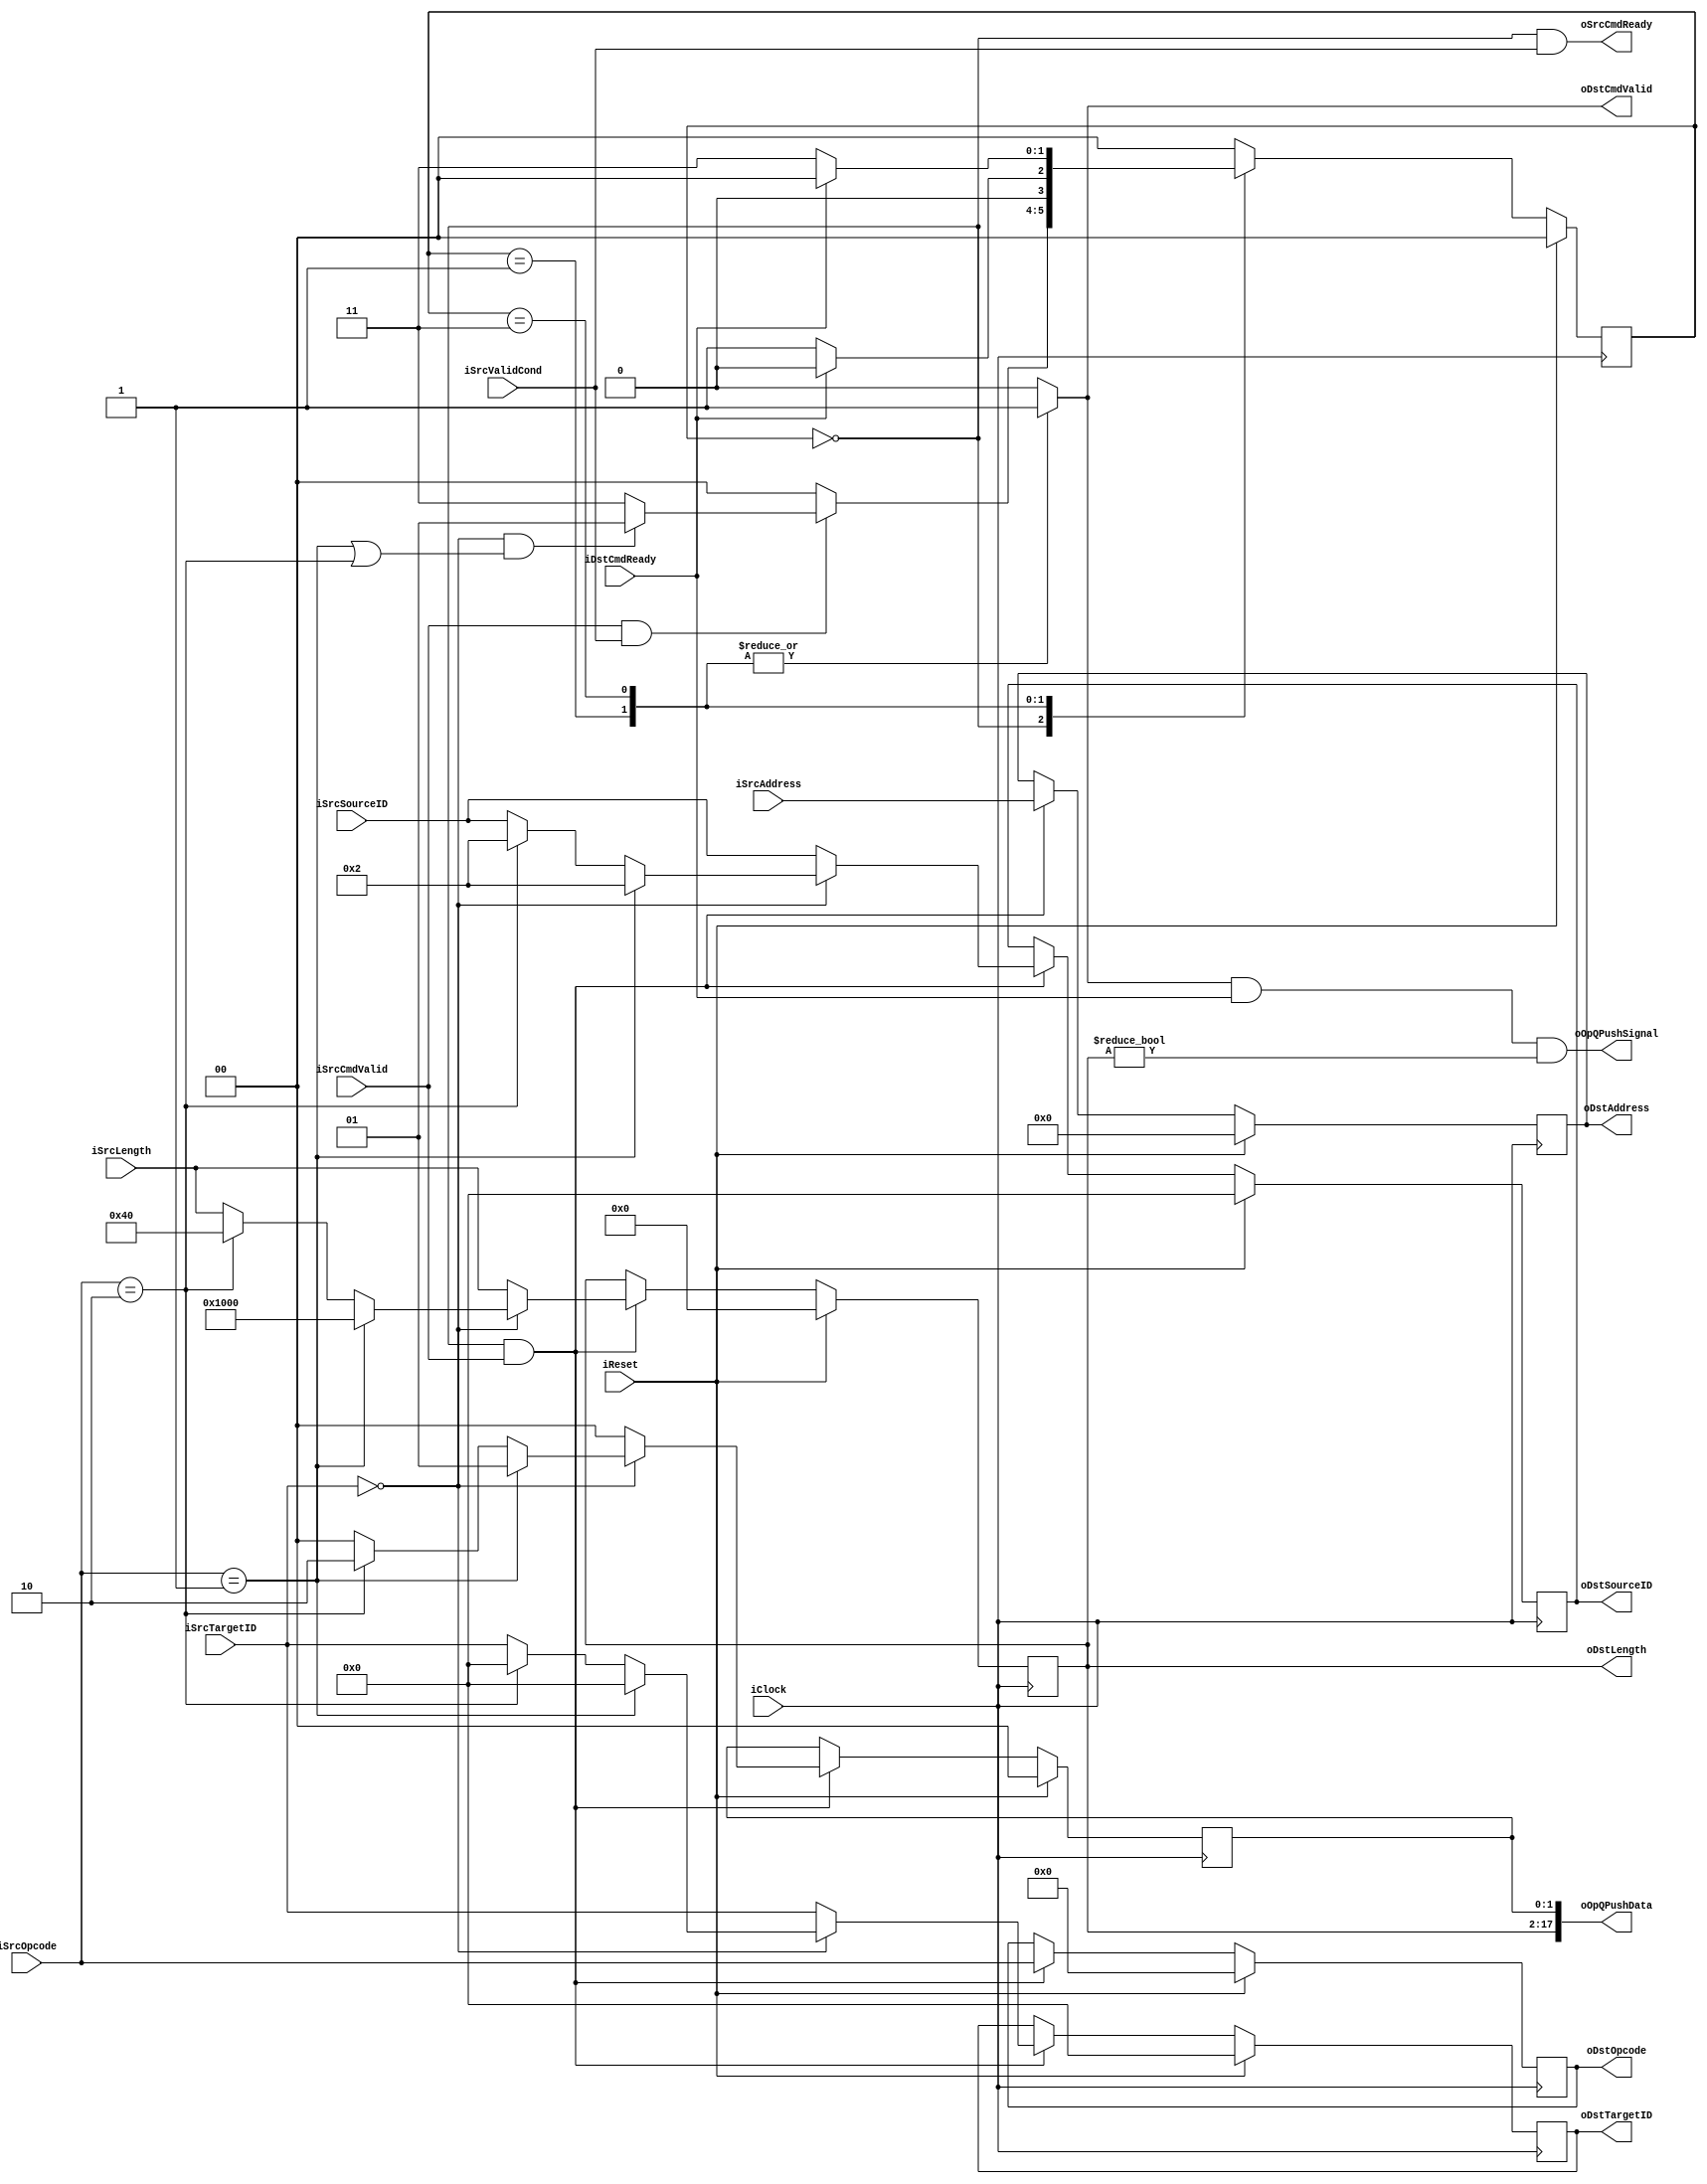
//////////////////////////////////////////////////////////////////////////////////
// BCHEncoderCommandChannel for Cosmos OpenSSD
// Copyright (c) 2015 Hanyang University ENC Lab.
// Contributed by Jinwoo Jeong <jwjeong@enc.hanyang.ac.kr>
//                Kibin Park <kbpark@enc.hanyang.ac.kr>
//                Yong Ho Song <yhsong@enc.hanyang.ac.kr>
//
// This file is part of Cosmos OpenSSD.
//
// Cosmos OpenSSD is free software; you can redistribute it and/or modify
// it under the terms of the GNU General Public License as published by
// the Free Software Foundation; either version 3, or (at your option)
// any later version.
//
// Cosmos OpenSSD is distributed in the hope that it will be useful,
// but WITHOUT ANY WARRANTY; without even the implied warranty of
// MERCHANTABILITY or FITNESS FOR A PARTICULAR PURPOSE.
// See the GNU General Public License for more details.
//
// You should have received a copy of the GNU General Public License
// along with Cosmos OpenSSD; see the file COPYING.
// If not, see <http://www.gnu.org/licenses/>. 
//////////////////////////////////////////////////////////////////////////////////

//////////////////////////////////////////////////////////////////////////////////
// Company: ENC Lab. <http://enc.hanyang.ac.kr>
//           Kibin Park <kbpark@enc.hanyang.ac.kr>
// 
// Project Name: Cosmos OpenSSD
// Design Name: BCH encoder controller command channel
// Module Name: BCHEncoderCommandChannel
//
// Version: v1.0.0
//
// Description: BCH encoder controller command channel
//
//////////////////////////////////////////////////////////////////////////////////

//////////////////////////////////////////////////////////////////////////////////
// Revision History:
//
// * v1.0.0
//   - first draft 
//////////////////////////////////////////////////////////////////////////////////
`timescale 1ns / 1ps

module BCHEncoderCommandChannel
#
(
    parameter AddressWidth          = 32    ,
    parameter DataWidth             = 32    ,
    parameter InnerIFLengthWidth    = 16    ,
    parameter ThisID                = 2
)
(
    iClock          ,
    iReset          ,
    iSrcOpcode      ,
    iSrcTargetID    ,
    iSrcSourceID    ,
    iSrcAddress     ,
    iSrcLength      ,
    iSrcCmdValid    ,
    oSrcCmdReady    ,
    oOpQPushSignal  ,
    oOpQPushData    ,
    oDstOpcode      ,
    oDstTargetID    ,
    oDstSourceID    ,
    oDstAddress     ,
    oDstLength      ,
    oDstCmdValid    ,
    iDstCmdReady    ,
    iSrcValidCond
);

    input                               iClock          ;
    input                               iReset          ;
    
    // Master side
    input   [5:0]                       iSrcOpcode      ;
    input   [4:0]                       iSrcTargetID    ;
    input   [4:0]                       iSrcSourceID    ;
    input   [AddressWidth - 1:0]        iSrcAddress     ;
    input   [InnerIFLengthWidth - 1:0]  iSrcLength      ;
    input                               iSrcCmdValid    ;
    output                              oSrcCmdReady    ;
    
    output                              oOpQPushSignal  ;
    output  [InnerIFLengthWidth+2-1:0]  oOpQPushData    ;
    
    // Slave side
    output  [5:0]                       oDstOpcode      ;
    output  [4:0]                       oDstTargetID    ;
    output  [4:0]                       oDstSourceID    ;
    output  [AddressWidth - 1:0]        oDstAddress     ;
    output  [InnerIFLengthWidth - 1:0]  oDstLength      ;
    output                              oDstCmdValid    ;
    input                               iDstCmdReady    ;
    
    input                               iSrcValidCond   ;
    
    reg     [5:0]                       rOpcode         ;
    reg     [4:0]                       rTargetID       ;
    reg     [4:0]                       rSourceID       ;
    reg     [AddressWidth - 1:0]        rAddress        ;
    reg     [InnerIFLengthWidth - 1:0]  rLength         ;
    reg                                 rDstCValid      ;
    
    reg     [1:0]                       rOpType         ;
    
    assign oDstOpcode       = rOpcode       ;
    assign oDstTargetID     = rTargetID     ;
    assign oDstSourceID     = rSourceID     ;
    assign oDstAddress      = rAddress      ;
    assign oDstLength       = rLength       ;
    assign oDstCmdValid     = rDstCValid    ;
    
    parameter   DispatchCmd_PageReadFromRAM     = 6'b000001 ;
    parameter   DispatchCmd_SpareReadFromRAM    = 6'b000010 ;
    
    localparam  PageSize    =   4096;
    localparam  SpareSize   =   64;
    
    localparam  State_Idle              = 2'b00;
    localparam  State_EncodeReq         = 2'b01;
    localparam  State_ForwardReq        = 2'b11;
    reg [1:0]   rCmdChCurState  ;
    reg [1:0]   rCmdChNextState ;
    
    always @ (posedge iClock)
        if (iReset)
            rCmdChCurState <= State_Idle;
        else
            rCmdChCurState <= rCmdChNextState;
    
    always @ (*)
        case (rCmdChCurState)
        State_Idle:
            if (iSrcCmdValid && iSrcValidCond)
            begin
                if (
                (iSrcTargetID == 0) &&
                ((iSrcOpcode == DispatchCmd_PageReadFromRAM) || (iSrcOpcode == DispatchCmd_SpareReadFromRAM))
                )
                    rCmdChNextState <= State_EncodeReq;
                else
                    rCmdChNextState <= State_ForwardReq;
            end
            else
                rCmdChNextState <= State_Idle;
        State_EncodeReq:
            rCmdChNextState <= (iDstCmdReady)?State_Idle:State_EncodeReq;
        State_ForwardReq:
            rCmdChNextState <= (iDstCmdReady)?State_Idle:State_ForwardReq;
        default:
            rCmdChNextState <= State_Idle;
        endcase
    
    assign oSrcCmdReady     = (rCmdChCurState == State_Idle) && (iSrcValidCond);
    
    assign oOpQPushData     = {rLength, rOpType};
    assign oOpQPushSignal   = oDstCmdValid && iDstCmdReady && (rLength != 0);
    
    always @ (posedge iClock)
        if (iReset)
        begin
            rOpcode     <= 6'b0;
            rTargetID   <= 5'b0;
            rSourceID   <= 5'b0;
            rAddress    <= {(AddressWidth){1'b0}};
            rLength     <= {(InnerIFLengthWidth){1'b0}};
            rOpType     <= 2'b0;
        end
        else
        begin
            if (rCmdChCurState == State_Idle && iSrcCmdValid)
            begin
                rOpcode     <= iSrcOpcode   ;
                rTargetID   <= iSrcTargetID ;
                rSourceID   <= iSrcSourceID ;
                rAddress    <= iSrcAddress  ;
                rLength     <= iSrcLength   ;
                rOpType     <= 2'b0         ;
                
                if (iSrcTargetID == 0)
                begin
                    if (iSrcOpcode == DispatchCmd_PageReadFromRAM)
                    begin
                        rOpcode     <= iSrcOpcode   ;
                        rTargetID   <= 5'b0         ;
                        rSourceID   <= ThisID       ;
                        rAddress    <= iSrcAddress  ;
                        rLength     <= PageSize     ;
                        rOpType     <= 2'b01        ;
                    end
                    else if (iSrcOpcode == DispatchCmd_SpareReadFromRAM)
                    begin
                        rOpcode     <= iSrcOpcode   ;
                        rTargetID   <= 5'b0         ;
                        rSourceID   <= ThisID       ;
                        rAddress    <= iSrcAddress  ;
                        rLength     <= SpareSize    ;
                        rOpType     <= 2'b10        ;
                    end
                end
            end
        end
    
    always @ (*)
        case (rCmdChCurState)
        State_EncodeReq:
            rDstCValid <= 1'b1;
        State_ForwardReq:
            rDstCValid <= 1'b1;
        default:
            rDstCValid <= 1'b0;
        endcase

endmodule